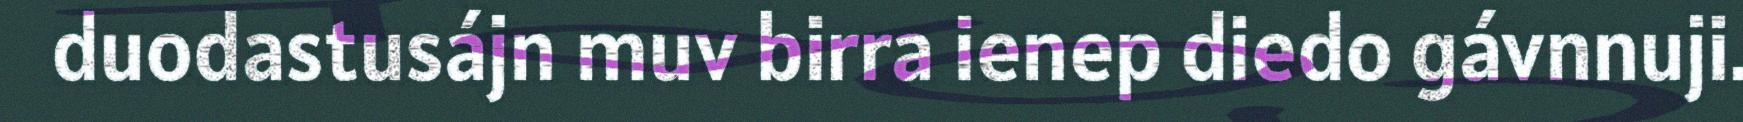
duodastusájn muv birra ienep diedo gávnnuji.